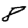
Digit: 8